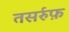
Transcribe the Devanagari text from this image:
तसर्रुफ़